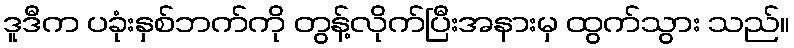
ဒူဒီက ပခုံးနှစ်ဘက်ကို တွန့်လိုက်ပြီးအနားမှ ထွက်သွား သည်။